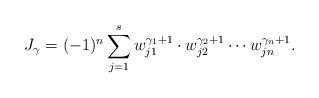
LaTeX: \begin{align*}J_\gamma=(-1)^n\sum_{j=1}^s w_{j1}^{\gamma_1+1}\cdot w_{j2}^{\gamma_2+1}\cdots w_{jn}^{\gamma_n+1}.\end{align*}